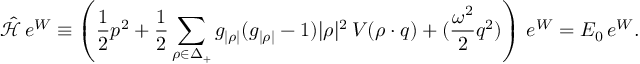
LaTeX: \hat { \mathcal { H } } \, e ^ { W } \equiv \left( { \frac { 1 } { 2 } } p ^ { 2 } + { \frac { 1 } { 2 } } \sum _ { \rho \in \Delta _ { + } } g _ { | \rho | } ( g _ { | \rho | } - 1 ) | \rho | ^ { 2 } \, V ( \rho \cdot q ) + ( { \frac { \omega ^ { 2 } } { 2 } } q ^ { 2 } ) \right) \, e ^ { W } = { \cal E } _ { 0 } \, e ^ { W } .